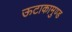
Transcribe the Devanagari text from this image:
ऊटाकामुण्ड